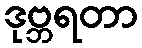
ဒုဗ္ဘရတာ